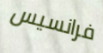
فرانسيس